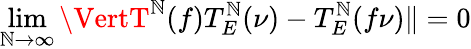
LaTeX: \operatorname*{lim}_{\mathbb{N}\to\infty}\VertT^{\mathbb{N}}(f)T_{E}^{\mathbb{N}}(\nu)-T_{E}^{\mathbb{N}}(f\nu)\Vert=0